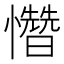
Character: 㦧